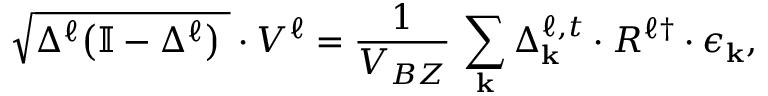
\sqrt { \Delta ^ { \ell } \big ( \mathbb { I } - \Delta ^ { \ell } \big ) \; } \cdot V ^ { \ell } = \frac { 1 } { V _ { B Z } } \, \sum _ { \mathbf { k } } \Delta _ { \mathbf { k } } ^ { \ell , t } \cdot R ^ { \ell } { ^ \dagger } \cdot \epsilon _ { \mathbf { k } } ,